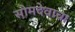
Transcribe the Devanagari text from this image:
सोमदेवाचा